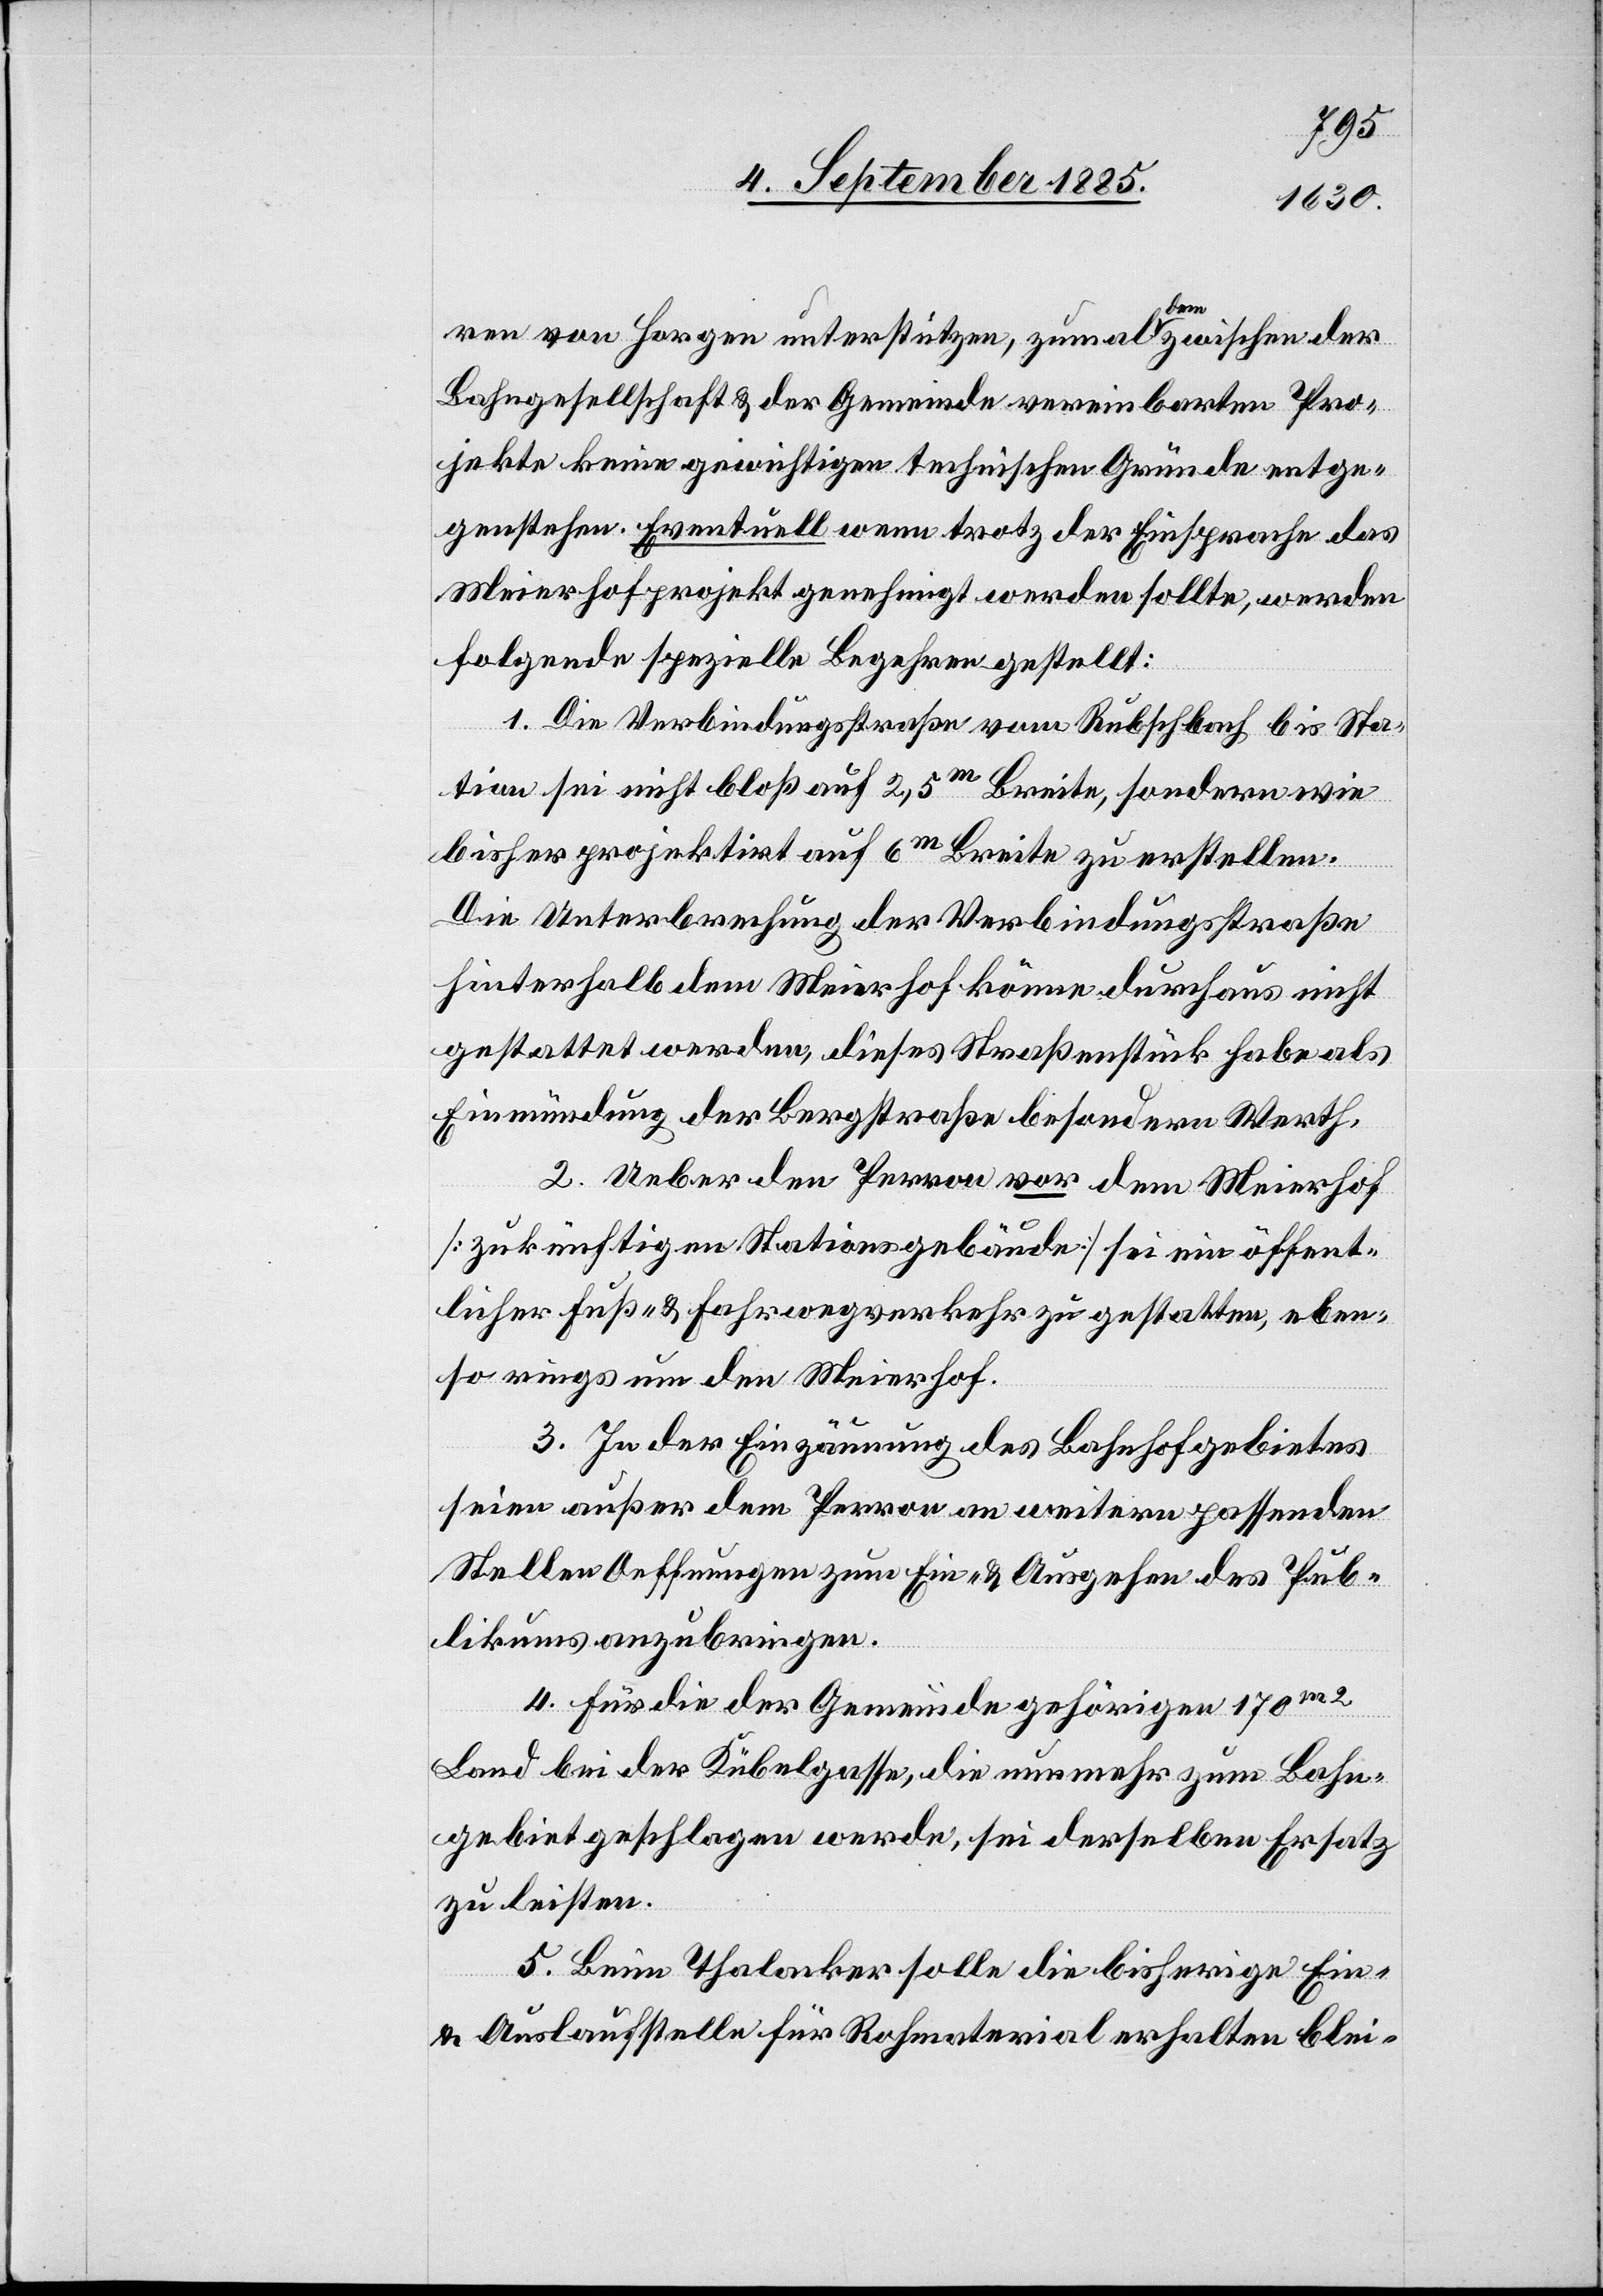
ren von Horgen unterstützen, zumal dem zwischen der
Bahngesellschaft & der Gemeinde vereinbarten Pro¬
jekte keine gewichtigen technischen Gründe entge¬
genstehen. Eventuell wenn trotz der Einsprache das
Meierhofprojekt genehmigt werden sollte, werden
folgende spezielle Begehren gestellt:
1. Die Verbindungsstraße vom Rubschbach bis Sta¬
tion sei nicht bloß auf 2,5m Breite, sondern wie
bisher projektirt auf 6m Breite zu erstellen.
Die Unterbrechung der Verbindungsstraße
hinterhalb dem Meierhof könne durchaus nicht
gestattet werden, dieses Straßenstück habe als
Einmündung der Bergstraße besondern Werth.
2. Ueber den Perron vor dem Meierhof
[zukünftigen Stationsgebäude] sei ein öffent¬
licher Fuß- & Fahrwegverkehr zu gestalten, eben¬
so rings um den Meierhof.
3. In der Einzäunung des Bahnhofgebietes
seien außer dem Perron an weitern passenden
Stellen Oeffnungen zum Ein- & Ausgehen des Pub¬
likums anzubringen.
4. Für die der Gemeinde gehörigen 170m2
Land bei der Kübelgasse, die nunmehr zum Bahn¬
gebiet geschlagen werden, sei derselben Ersatz
zu leisten.
5. Beim Thalacker solle die bisherige Ein-
& Auslaufstelle für Rohmaterial erhalten blei-